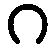
ဂ